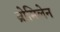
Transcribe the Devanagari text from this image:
ब्रोमिलेन